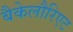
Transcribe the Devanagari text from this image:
बैकेलौरिएट